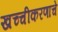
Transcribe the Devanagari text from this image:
खच्चीकरणाचे